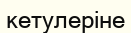
кетулеріне